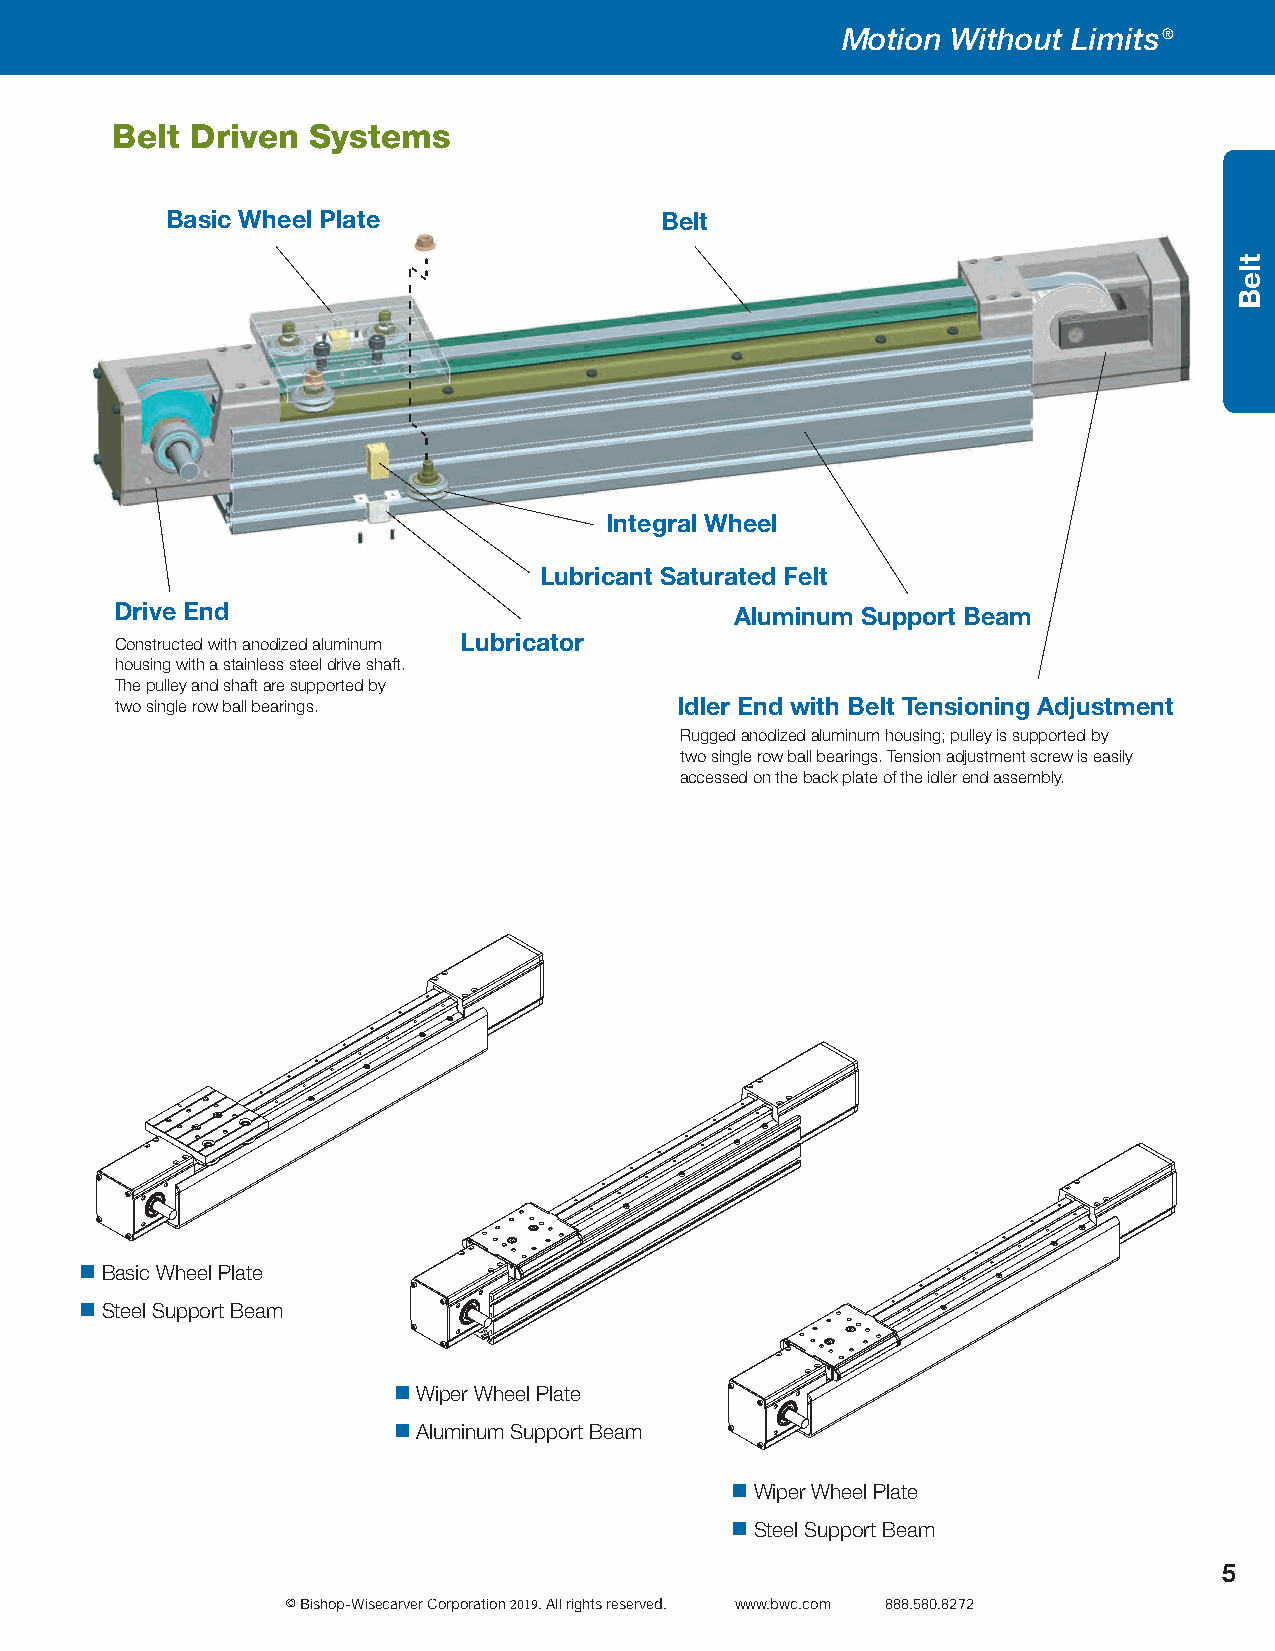
Motion Without Limits®
 Belt  Driven Systems
 Basic Wheel Plate                Belt
 Integral Wheel
 Lubricant Saturated Felt
 Drive End                                Aluminum Support Beam
 Constructed with anodized aluminum Lubricator
 housing with a stainless steel drive shaft.
 The pulley and shaft are supported by
 two single row ball bearings.        Idler End with Belt Tensioning Adjustment
 Rugged anodized aluminum housing; pulley is supported by
 two single row ball bearings. Tension adjustment screw is easily
 accessed on the back plate of the idler end assembly.
  Basic Wheel Plate
  Steel Support Beam
  Wiper Wheel Plate
  Aluminum Support Beam
  Wiper Wheel Plate
  Steel Support Beam
 5
 © Bishop-Wisecarver Corporation 2019. All rights reserved. www.bwc.com 888.580.8272
 tleB